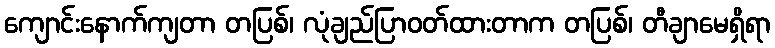
ကျောင်းနောက်ကျတာ တပြစ်၊ လုံချည်ပြာဝတ်ထားတာက တပြစ်၊ တီချာမေရှိရာ